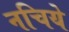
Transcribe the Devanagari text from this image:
नचिये